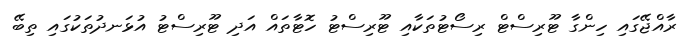
ރާއްޖޭގައި ހިންގާ ޓޫރިސްޓް ރިސޯޓުތަކާއި ޓޫރިސްޓު ހޮޓާތައް އަދި ޓޫރިސްޓު އުޅަނދުތަކުގައި ތިބޭ